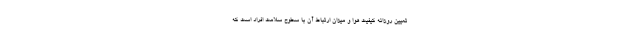
تعیین روزانه کیفیت هوا و میزان ارتباط آن با سطوح سلامت افراد است که